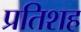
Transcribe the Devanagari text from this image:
प्रतिशह